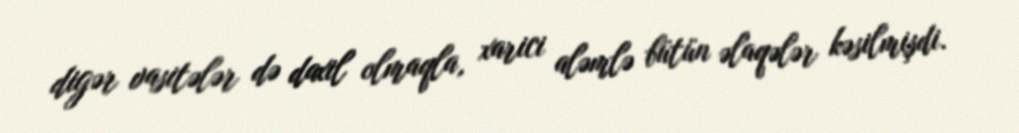
digər vasitələr də daxil olmaqla, xarici aləmlə bütün əlaqələr kəsilmişdi.